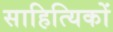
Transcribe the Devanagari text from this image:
साहित्‍यिकों